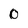
Character: 0